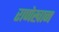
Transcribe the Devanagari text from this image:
राणेखान